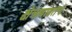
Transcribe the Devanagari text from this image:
क्षेत्राबाबतचे